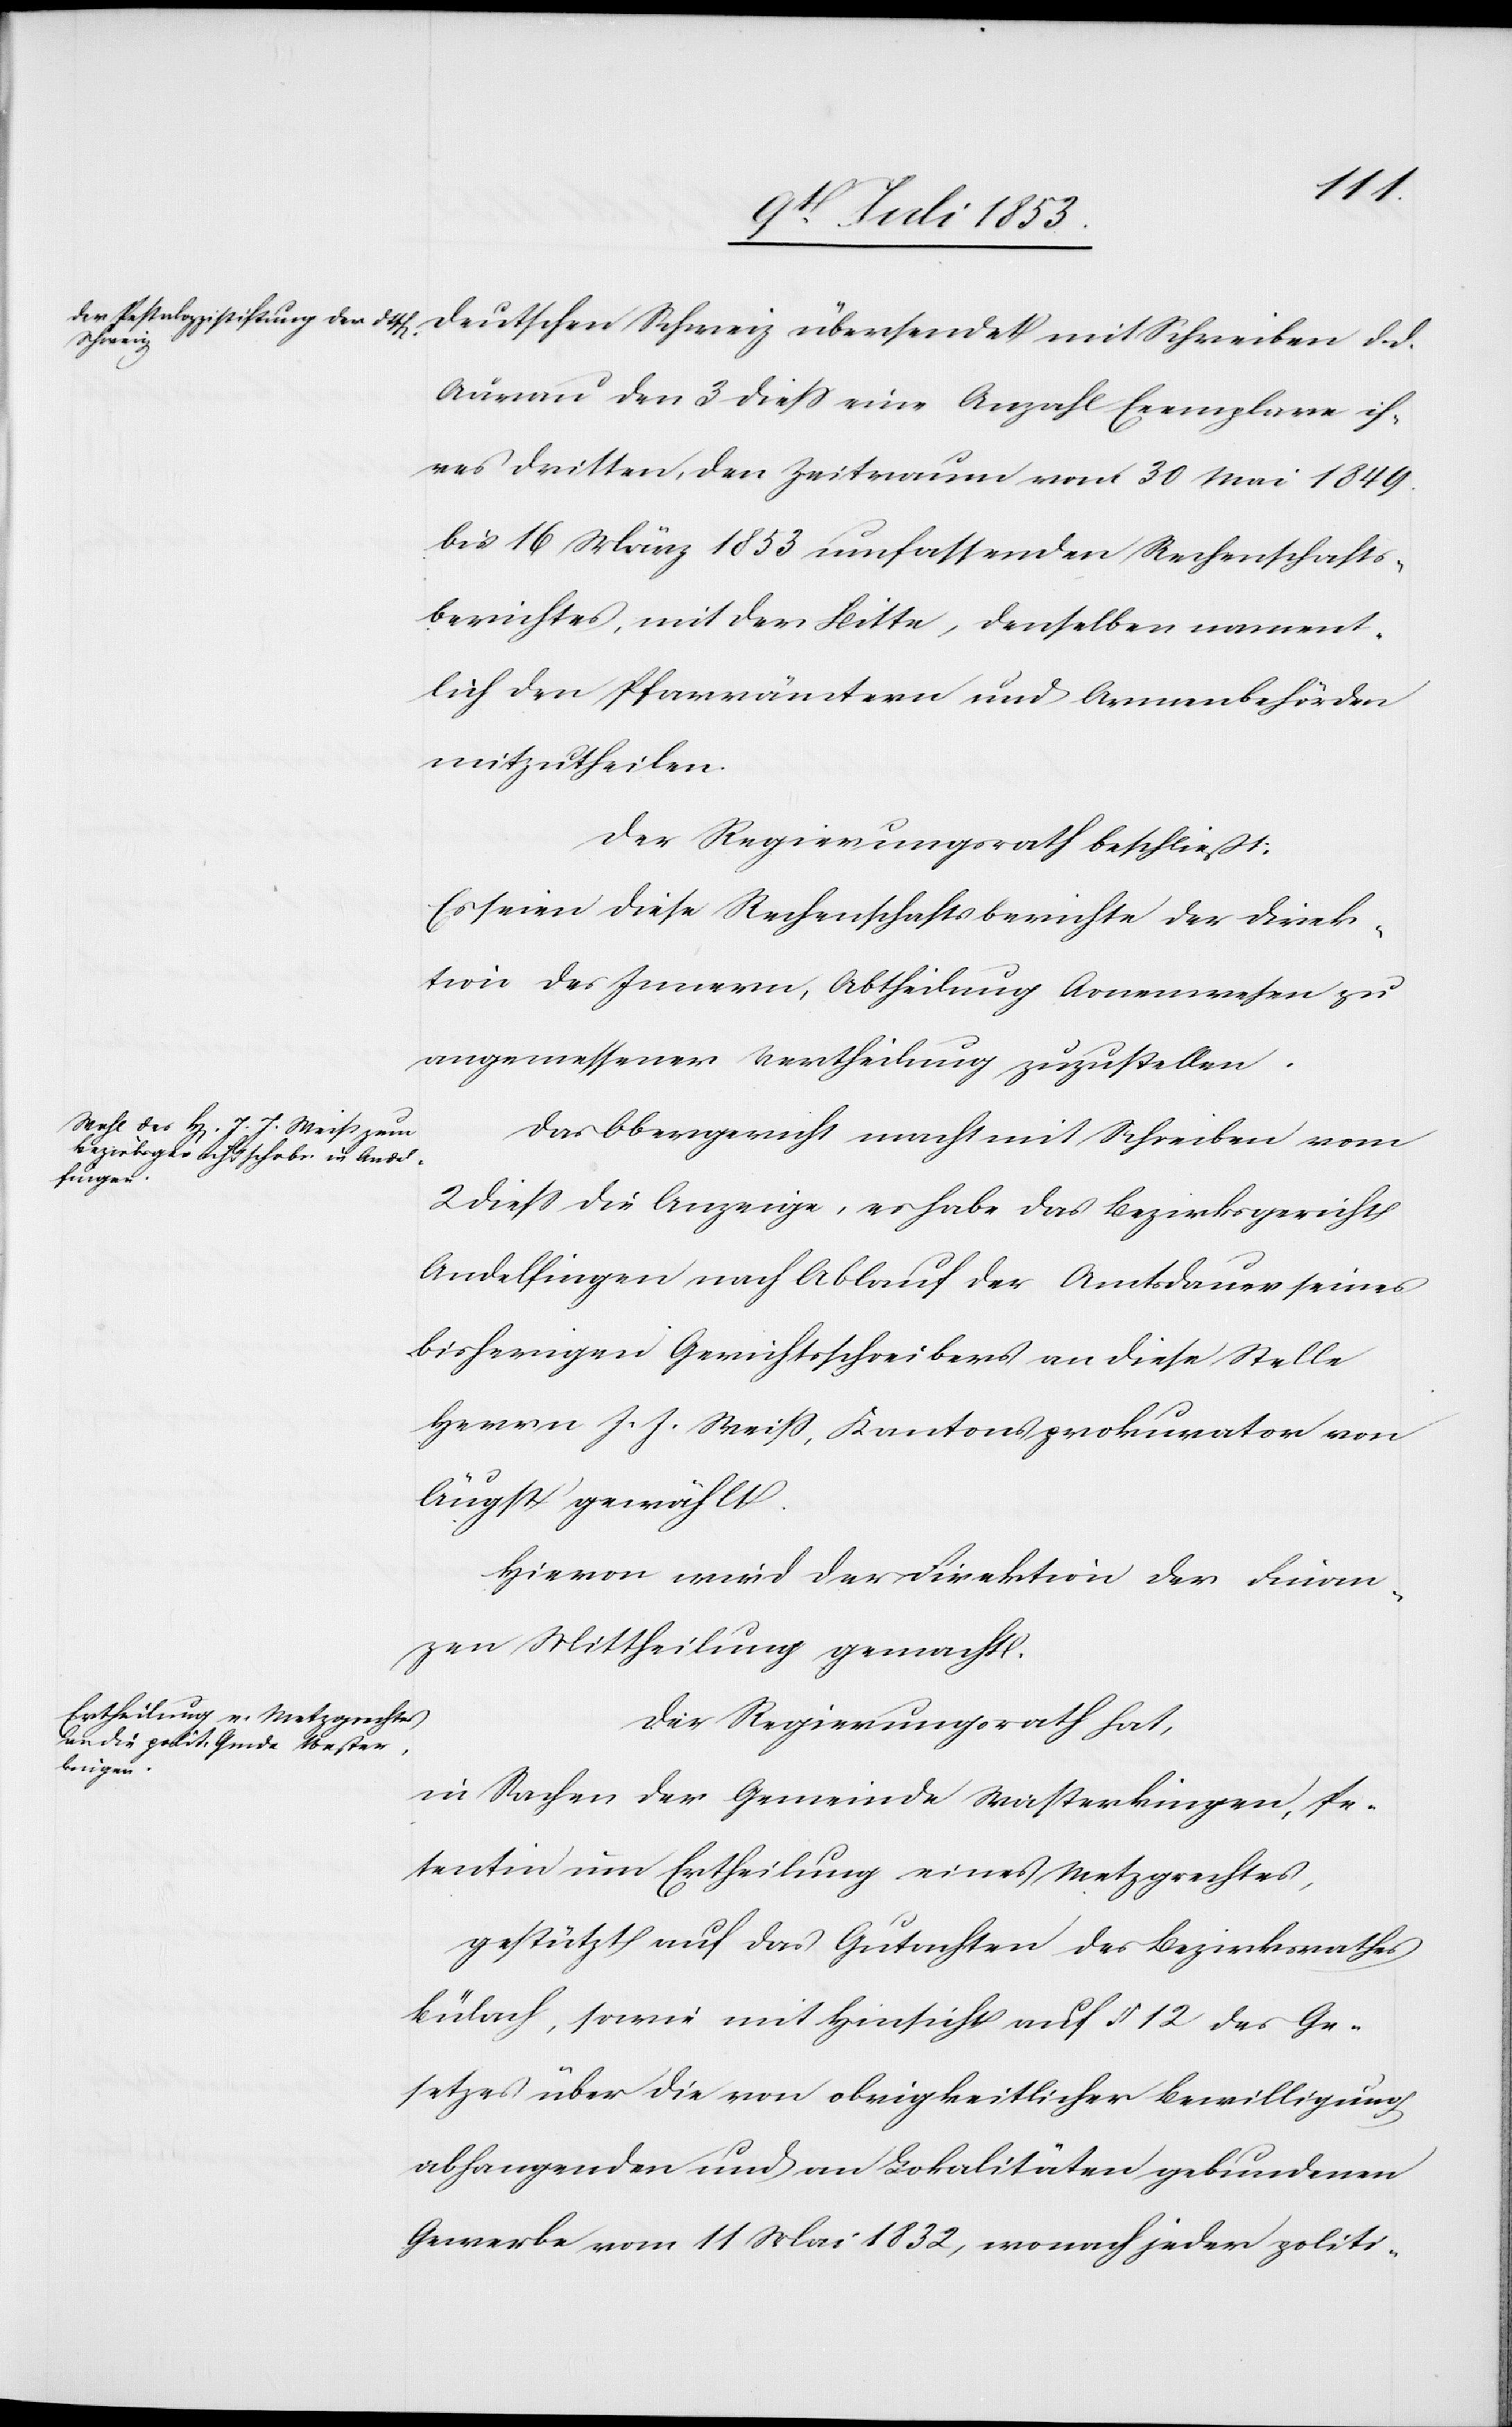
deutschen Schweiz übermacht mit Schreiben d. d.
Aarau den 3 dieß eine Anzahl Exemplare ih¬
res dritten, den Zeitraum vom 30 Mai 1849
bis 16 März 1853 umfassenden Rechenschafts¬
berichtes, mit der Bitte, denselben nament¬
lich der Pfarrämter und Armenbehörden
mitzutheilen.
Der Regierungsrath beschließt:
Es seien diese Rechenschaftsberichte der Direk¬
tion des Innern, Abtheilung Armenwesen zu
angemessener Vertheilung zuzustellen.
Das Obergericht macht mit Schreiben vom
2 dieß die Anzeige, es habe das Bezirksgericht
Andelfingen nach Ablauf der Amtsdauer seines
bisherigen Gerichtsschreibers an diese Stelle
Herrn J. J. Weiß, Kantonsprokurator von
Äugst gewählt.
Hievon wird der Direktion der Finan¬
zen Mittheilung gemacht.
Der Regierungsrath hat,
in Sachen der Gemeinde Wasterkingen, Pe¬
tentin um Ertheilung eines Metzgrechtes,
gestützt auf das Gutachten des Bezirksrathes
Bülach, sowie mit Hinsicht auf § 12 des Ge¬
setzes über die von obrigkeitlicher Bewilligung
abhangenden und an Lokalitäten gebundenen
Gewerbe vom 11 Mai 1832, wonach jeder politi-